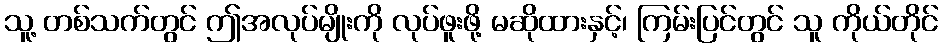
သူ့ တစ်သက်တွင် ဤအလုပ်မျိုးကို လုပ်ဖူးဖို့ မဆိုထားနှင့်၊ ကြမ်းပြင်တွင် သူ ကိုယ်တိုင်